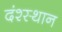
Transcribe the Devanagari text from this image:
दंश्स्थान